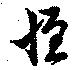
恒